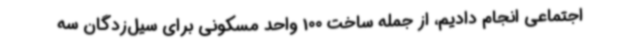
اجتماعی انجام دادیم، از جمله ساخت 100 واحد مسکونی برای سیل‌زدگان سه